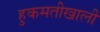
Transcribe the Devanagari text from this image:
हुकमतीखाली